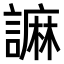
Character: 𧫼